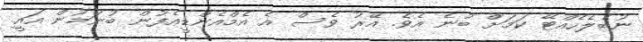
ނުބެލެހެއްޓޭ ކަމަށް ބުނެ އެވެ. އޭރު ވެސް އެ އެމްއެންޑީއެފުން ބުނަމުން އައީ